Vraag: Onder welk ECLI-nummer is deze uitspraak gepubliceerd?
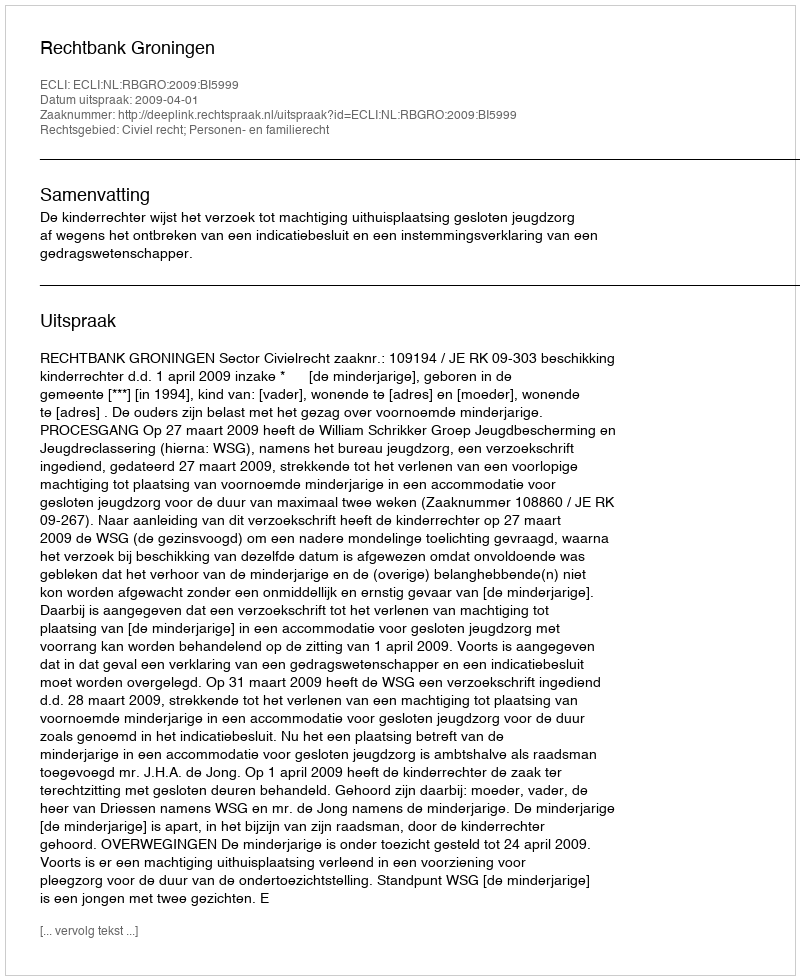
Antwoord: ECLI:NL:RBGRO:2009:BI5999